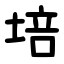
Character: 培